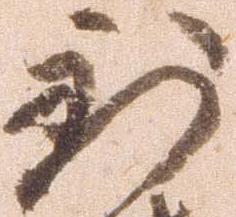
到